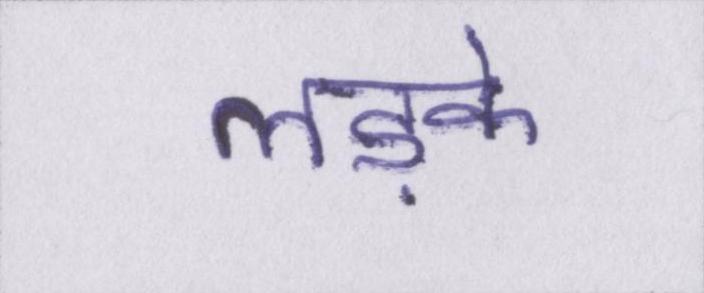
लड़के